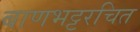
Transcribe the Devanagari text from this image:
बाणभट्टरचित